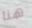
هنا